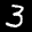
Label: 3